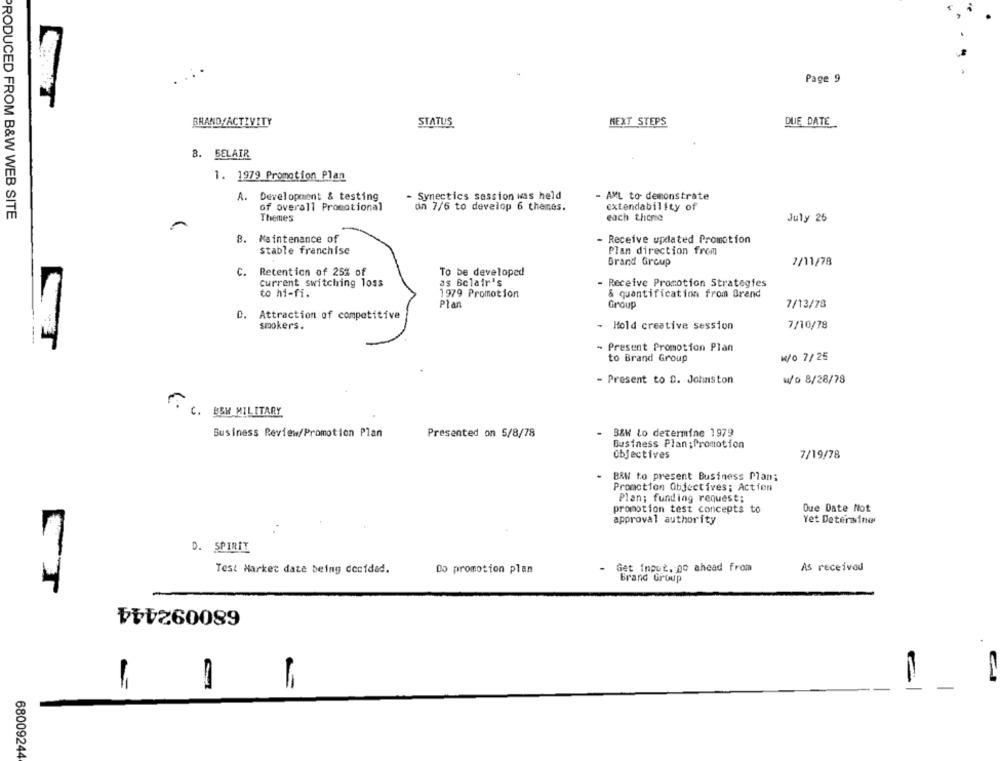
. .. .
Page 9
BRAND/ACTIVITY
STATUS
NEXT STEPS
DUE DATE
8. BELAIR
1. 1979 Promotion Plan
A. Development & testing
Synectics session was held
- AML to demonstrate
on 7/6 to develop 6 thenes.
of overall Promotional
extendability of
PRODUCED FROM B&W WEB SITE
Themes
each theme
July 25
8. Maintenance of
- Receive updated Promotion
stable franchise
Plan direction from
Brand Group
7/11/78
C.
Retention of 25% of
To be developed
as Belair's
current switching loss
- Receive Promotion Strategies
to hi-fi.
1979 Promotion
& quantification from Brand
Plan
Group
7/13/78
D. Attraction of competitive
smokers.
- Hold creative session
7/10/78
CT
- Present Promotion Plan
to Brand Group
w/o 7/25
- Present to D. Johnston
w/o 8/28/78
C. BEN MILITARY
Business Review/Promotion Plan
Presented on 5/8/78
B&W Lo determine 1979
Business Plan:Promotion
Objectives
7/19/78
BAN to present Business Plan;
Promotion Objectives: Action
Plan; funding request;
promotion test concepts to
Due Date Not
approval authority
Yet Determinar
D. SPIRIT
Test Market date being decided.
Do promotion plan
Get input, go ahead from
As received
Brand Group
CT
680092444
68009244